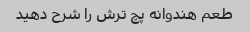
طعم هندوانه پچ ترش را شرح دهید